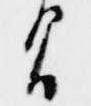
間